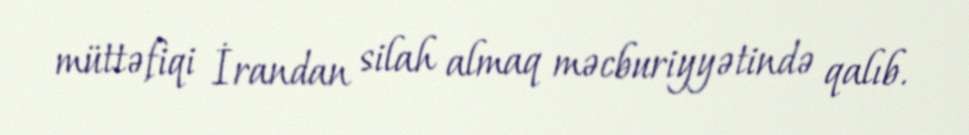
müttəfiqi İrandan silah almaq məcburiyyətində qalıb.